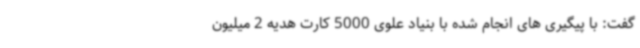
گفت: با پیگیری های انجام شده با بنیاد علوی 5000 کارت هدیه 2 میلیون